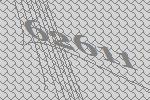
62611